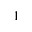
^ 1